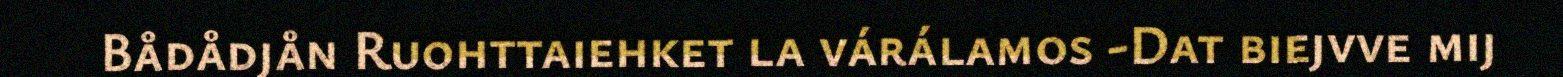
Bådådjån Ruohttaiehket la várálamos -Dat biejvve mij